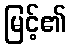
မြင့်၏